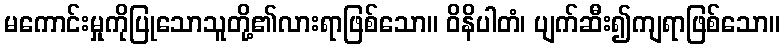
မကောင်းမှုကိုပြုသောသူတို့၏လားရာဖြစ်သော။ ဝိနိပါတံ၊ ပျက်ဆီး၍ကျရာဖြစ်သော။